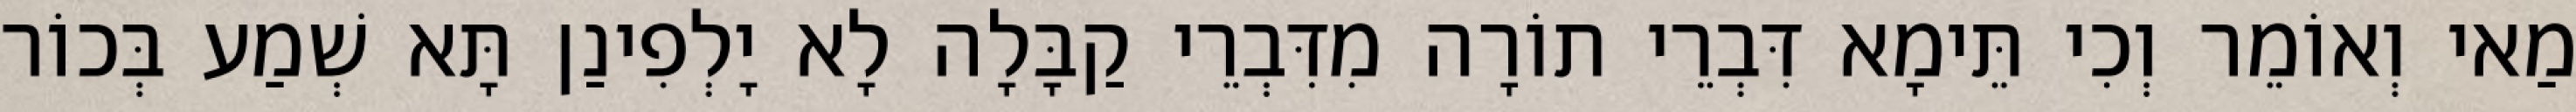
מַאי וְאוֹמֵר וְכִי תֵּימָא דִּבְרֵי תוֹרָה מִדִּבְרֵי קַבָּלָה לָא יָלְפִינַן תָּא שְׁמַע בְּכוֹר